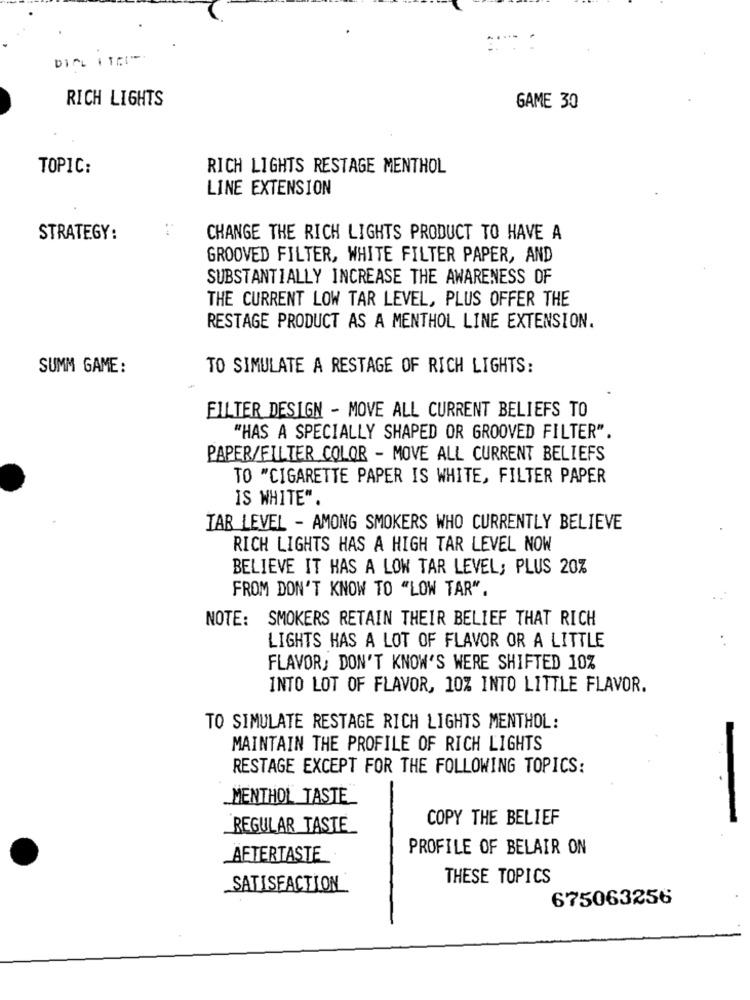
DIPL ITE
RICH LIGHTS
GAME 30
TOPIC:
RICH LIGHTS RESTAGE MENTHOL
LINE EXTENSION
STRATEGY:
CHANGE THE RICH LIGHTS PRODUCT TO HAVE A
GROOVED FILTER, WHITE FILTER PAPER, AND
SUBSTANTIALLY INCREASE THE AWARENESS OF
THE CURRENT LOW TAR LEVEL, PLUS OFFER THE
RESTAGE PRODUCT AS A MENTHOL LINE EXTENSION.
SUMM GAME:
TO SIMULATE A RESTAGE OF RICH LIGHTS:
FILTER DESIGN - MOVE ALL CURRENT BELIEFS TO
"HAS A SPECIALLY SHAPED OR GROOVED FILTER".
PAPER/FILTER COLOR - MOVE ALL CURRENT BELIEFS
TO "CIGARETTE PAPER IS WHITE, FILTER PAPER
IS WHITE".
TAR LEVEL - AMONG SMOKERS WHO CURRENTLY BELIEVE
RICH LIGHTS HAS A HIGH TAR LEVEL NOW
BELIEVE IT HAS A LOW TAR LEVEL; PLUS 20%
FROM DON'T KNOW TO "LOW TAR".
NOTE: SMOKERS RETAIN THEIR BELIEF THAT RICH
LIGHTS HAS A LOT OF FLAVOR OR A LITTLE
FLAVOR: DON'T KNOW'S WERE SHIFTED 10%
INTO LOT OF FLAVOR, 10% INTO LITTLE FLAVOR.
TO SIMULATE RESTAGE RICH LIGHTS MENTHOL:
MAINTAIN THE PROFILE OF RICH LIGHTS
RESTAGE EXCEPT FOR THE FOLLOWING TOPICS:
_MENTHOL TASTE
COPY THE BELIEF
REGULAR TASTE
PROFILE OF BELAIR ON
AFTERTASTE
THESE TOPICS
SATISFACTION
675063256